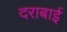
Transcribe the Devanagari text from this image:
दराबाई